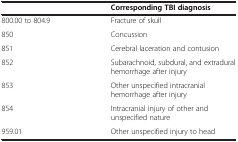
<table><thead><tr><td><b> </b></td><td><b>Corresponding TBI diagnosis</b></td></tr></thead><tbody><tr><td>800.00 to 804.9</td><td>Fracture of skull</td></tr><tr><td>850</td><td>Concussion</td></tr><tr><td>851</td><td>Cerebral laceration and contusion</td></tr><tr><td>852</td><td>Subarachnoid, subdural, and extradural hemorrhage after injury</td></tr><tr><td>853</td><td>Other unspecified intracranial hemorrhage after injury</td></tr><tr><td>854</td><td>Intracranial injury of other and unspecified nature</td></tr><tr><td>959.01</td><td>Other unspecified injury to head</td></tr></tbody></table>